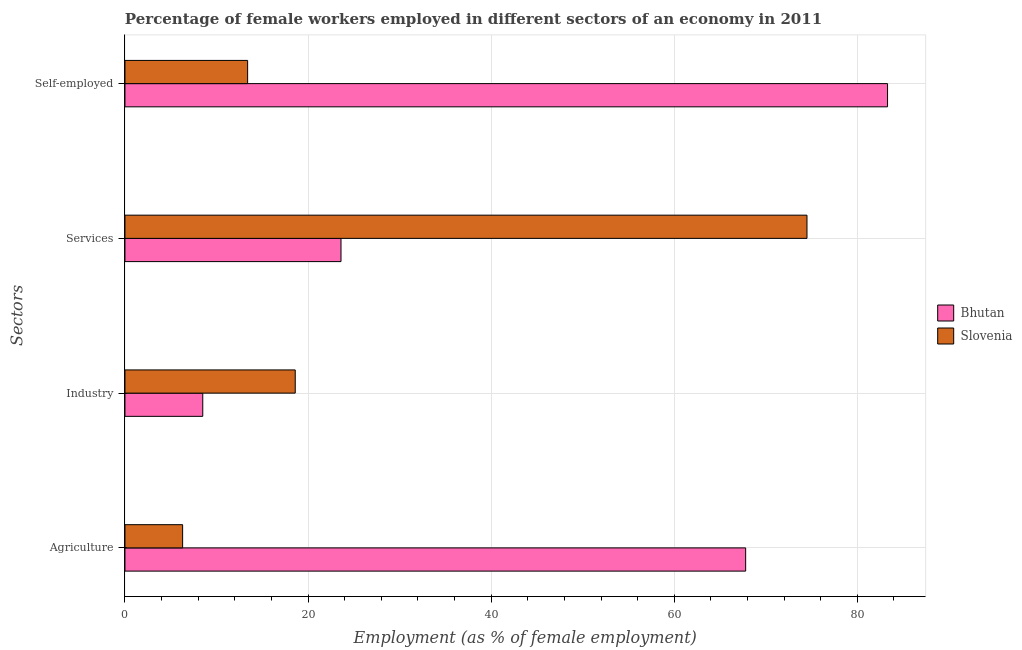
| Sectors | Bhutan | Slovenia |
 | --- | --- | --- |
 | Agriculture | 67.8 | 6.3 |
 | Industry | 8.5 | 18.6 |
 | Services | 23.6 | 74.5 |
 | Self-employed | 83.3 | 13.4 |